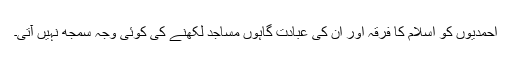
احمدیوں کو اسلام کا فرقہ اور ان کی عبادت گاہوں مساجد لکھنے کی کوئی وجہ سمجھ نہیں آتی۔